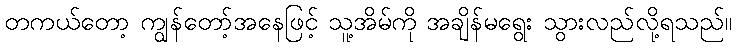
တကယ်တော့ ကျွန်တော့်အနေဖြင့် သူ့အိမ်ကို အချိန်မရွေး သွားလည်လို့ရသည်။